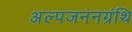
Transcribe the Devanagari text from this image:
अल्पजननग्रंथि